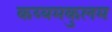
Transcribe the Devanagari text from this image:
कय्यमकुलम